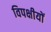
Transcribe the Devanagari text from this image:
विपक्षीयों